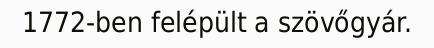
1772-ben felépült a szövőgyár.